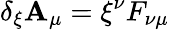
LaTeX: \delta_{\xi}\mathbf{A}_{\mu}=\xi^{\nu}F_{\nu\mu}